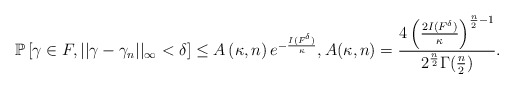
\begin{align*}\mathbb{P}\left[\gamma\in F, ||\gamma-\gamma_{n}||_{\infty} < \delta \right] \le A\left(\kappa,n\right)e^{-\frac{I(F^{\delta})}{\kappa}}, A(\kappa, n) = \frac{4\left(\frac{2I(F^{\delta})}{\kappa}\right)^{\frac{n}{2}-1}}{2^{\frac{n}{2}}\Gamma(\frac{n}{2})}.\end{align*}